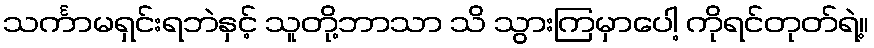
သင်္ကာမရှင်းရဘဲနှင့် သူတို့ဘာသာ သိ သွားကြမှာပေါ့ ကိုရင်တုတ်ရဲ့။